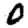
Digit: 0